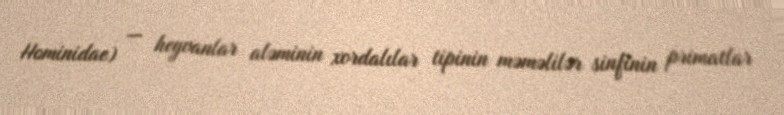
Hominidae) — heyvanlar aləminin xordalılar tipinin məməlilər sinfinin primatlar